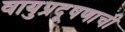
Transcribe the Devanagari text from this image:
वायुप्रदूषणाची